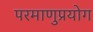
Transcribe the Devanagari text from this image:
परमाणुप्रयोग